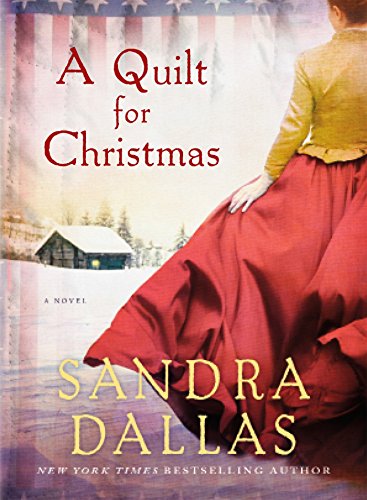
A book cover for A Quilt for Christmas: A Novel; Sandra Dallas; Romance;